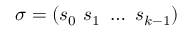
\sigma = ( s _ { 0 } ~ s _ { 1 } ~ \dots ~ s _ { k - 1 } )